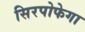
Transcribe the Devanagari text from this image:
सिरपोफेगा